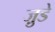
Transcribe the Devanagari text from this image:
जु़डे